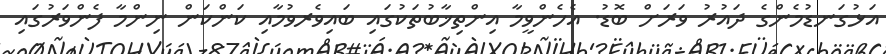
އަޅުގަނޑުމެންގެ ދައުރު ވަރަށް ބޮޑު. އެހެންވީމާ އިންތިޚާބުތަކުގައި ބައިވެރވުމާއި ކަންކަން ނިންމާ ފެންވަރުގައި